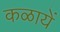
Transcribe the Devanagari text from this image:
कळायें